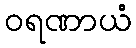
ဝရဏာယံ